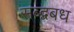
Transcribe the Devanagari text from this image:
सब्द्बबध